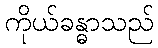
ကိုယ်ခန္ဓာသည်